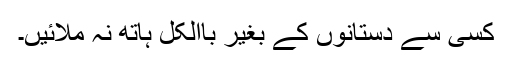
کسی سے دستانوں کے بغیر باالکل ہاتھ نہ ملائیں۔